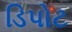
ડિપોટ